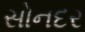
સોનદર